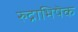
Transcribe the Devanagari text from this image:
रुद्राभिषॆक